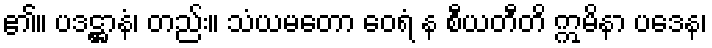
၏။ ပဒဋ္ဌာနံ၊ တည်း။ သံယမတော ဝေရံ န စီယတီတိ ဣမိနာ ပဒေန၊